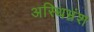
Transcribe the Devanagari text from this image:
अस्थिभ्रंश